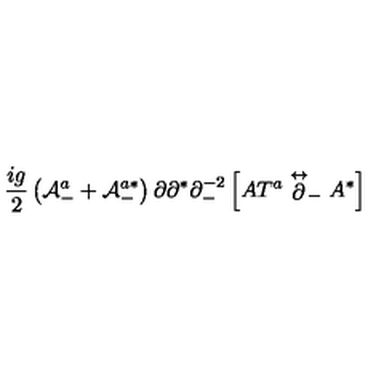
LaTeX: \frac { i g } { 2 } \left( { \cal A } _ { - } ^ { a } + { \cal A } _ { - } ^ { a * } \right) \partial \partial ^ { * } \partial _ { - } ^ { - 2 } \left[ A T ^ { a } \stackrel { \leftrightarrow } { \partial } _ { - } A ^ { * } \right]